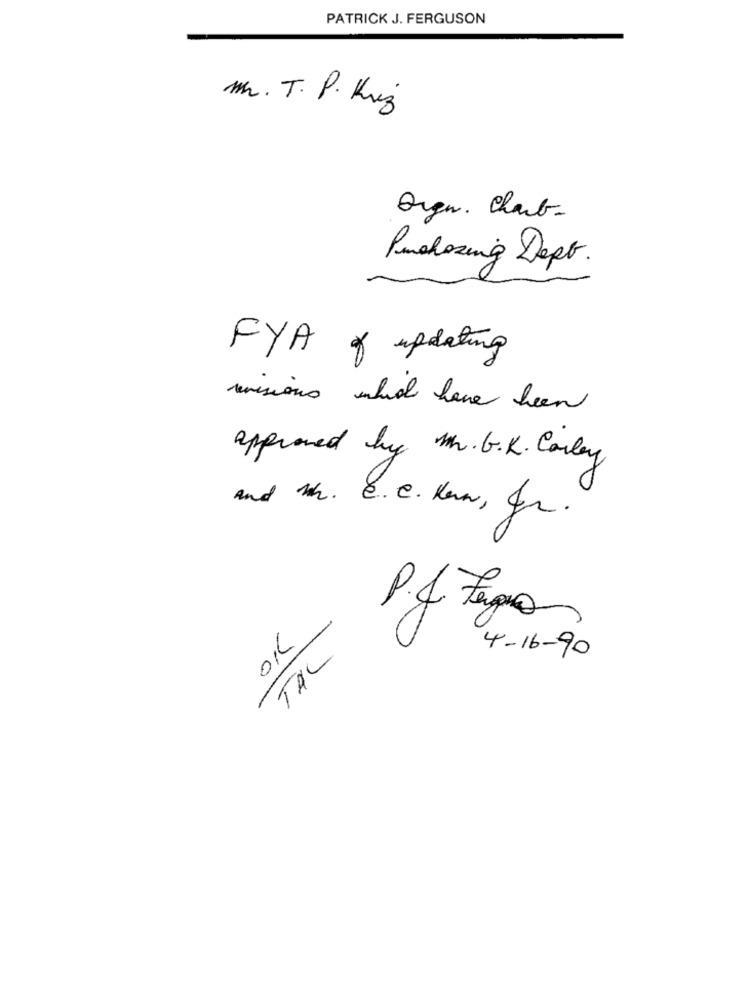
PATRICK J. FERGUSON
Mr. T. P. Kriz
Oren. Charb-
Purchasing Dept.
FYA o updating
revisions which have been
approved by Mr. G.K. Carley
and Mh. C.C. Kern, Gr.
P.J. Ferro
OK
TAL
4-16-90